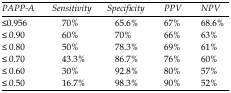
<table><thead><tr><td><b>PAPP-A</b></td><td><b>Sensitivity</b></td><td><b>Specificity</b></td><td><b>PPV</b></td><td><b>NPV</b></td></tr></thead><tbody><tr><td><b>≤0.956</b></td><td>70%</td><td>65.6%</td><td>67%</td><td>68.6%</td></tr><tr><td><b>≤ 0.90</b></td><td>60%</td><td>70%</td><td>66%</td><td>63%</td></tr><tr><td><b>≤ 0.80</b></td><td>50%</td><td>78.3%</td><td>69%</td><td>61%</td></tr><tr><td><b>≤ 0.70</b></td><td>43.3%</td><td>86.7%</td><td>76%</td><td>60%</td></tr><tr><td><b>≤ 0.60</b></td><td>30%</td><td>92.8%</td><td>80%</td><td>57%</td></tr><tr><td><b>≤ 0.50</b></td><td>16.7%</td><td>98.3%</td><td>90%</td><td>52%</td></tr></tbody></table>